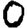
Digit: 0